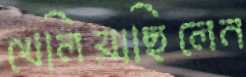
খেলিয়াছিলেন